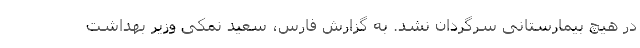
درِ هیچ بیمارستانی سرگردان نشد. به گزارش فارس، سعید نمکی وزیر بهداشت